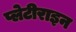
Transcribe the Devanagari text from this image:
प्लेटीराइन